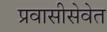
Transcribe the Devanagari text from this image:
प्रवासीसेवेत